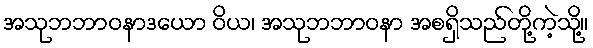
အသုဘဘာဝနာဒယော ဝိယ၊ အသုဘဘာဝနာ အစရှိသည်တို့ကဲ့သို့။